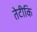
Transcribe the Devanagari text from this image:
तेटीकि